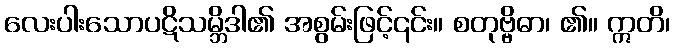
လေးပါးသောပဋိသမ္ဘိဒါ၏ အစွမ်းဖြင့်၎င်း။ စတုဗ္ဗိဓာ၊ ၏။ ဣတိ၊